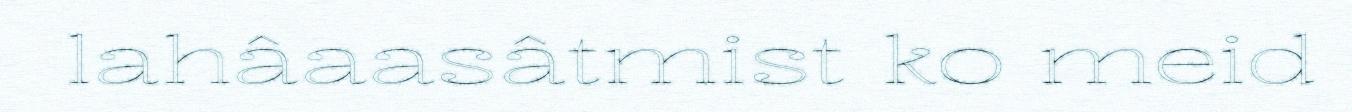
lahâaasâtmist ko meid